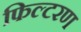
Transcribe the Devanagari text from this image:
फिल्टरण